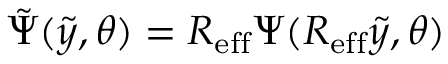
\tilde { \Psi } ( \tilde { y } , \theta ) = R _ { \mathrm { e f f } } \Psi ( R _ { \mathrm { e f f } } \tilde { y } , \theta )